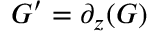
G ^ { \prime } = \partial _ { z } ( G )